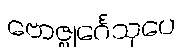
ဗောဇ္ဈင်္ဂေသုပေ